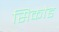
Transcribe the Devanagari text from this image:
सिकोड